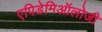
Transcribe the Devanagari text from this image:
एपिडेमिऑलोजी